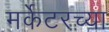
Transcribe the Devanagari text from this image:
मर्केटरच्या